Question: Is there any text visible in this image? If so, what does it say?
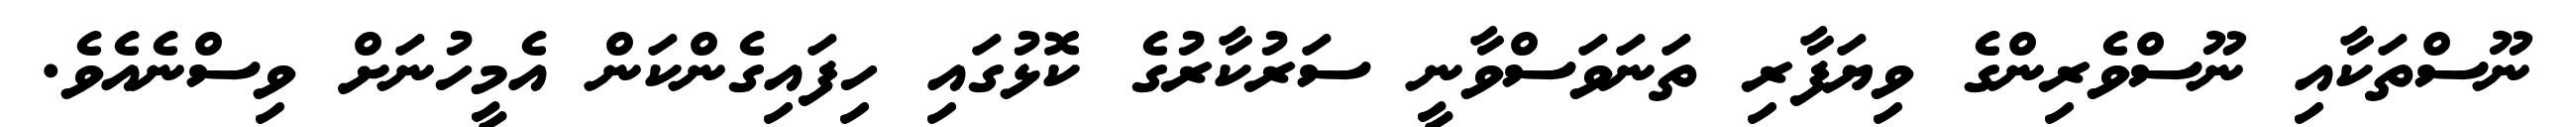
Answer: ނޫސްތަކާއި ނޫސްވެރިންގެ ވިޔަފާރި ތަނަވަސްވާނީ ސަރުކާރުގެ ކޮޅުގައި ހިފައިގެންކަން އެމީހުނަށް ވިސްނެއެވެ.